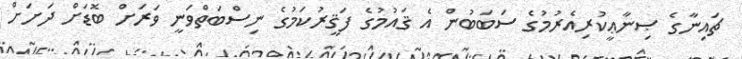
ޗައިނާގެ ޞިނާޢީކުރިއެރުމުގެ ސަބަބުން އެ ޤައުމުގެ ފަޤީރުކަމުގެ ނިސްބަތްވަނީ ވަރަށް ބޮޑަށް ދަށަށް